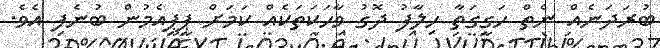
ބުރަދަނެއް ނެތް ހަގީގަތާ ހިލާފު ދޮގު ވާހަކަތަކެއް ކަމަށް ޕީޕީއެމުން ބުނެފި އެވެ.